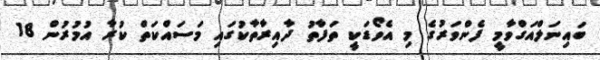
ބައިނަލްއަގްވާމީ ފެންވަރުގެ މި އެވޯޑަކީ ތަފާތު ދާއިރާތާކުގައި މަސައްކަތް ކުރާ އުމުރުން 18